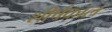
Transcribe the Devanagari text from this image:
शीर्षकाल